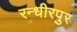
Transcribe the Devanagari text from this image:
रन्धीरपुर